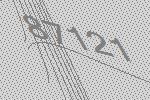
87121